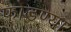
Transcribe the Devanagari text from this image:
फोडण्या